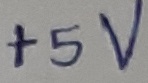
Text: +5V